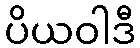
ပိယဝါဒီ